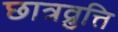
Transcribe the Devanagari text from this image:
छात्रव्रुत्ति